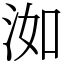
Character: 洳